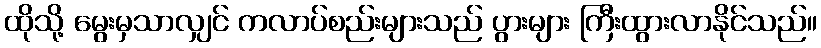
ထိုသို့ မွေးမှသာလျှင် ကလာပ်စည်းများသည် ပွားများ ကြီးထွားလာနိုင်သည်။